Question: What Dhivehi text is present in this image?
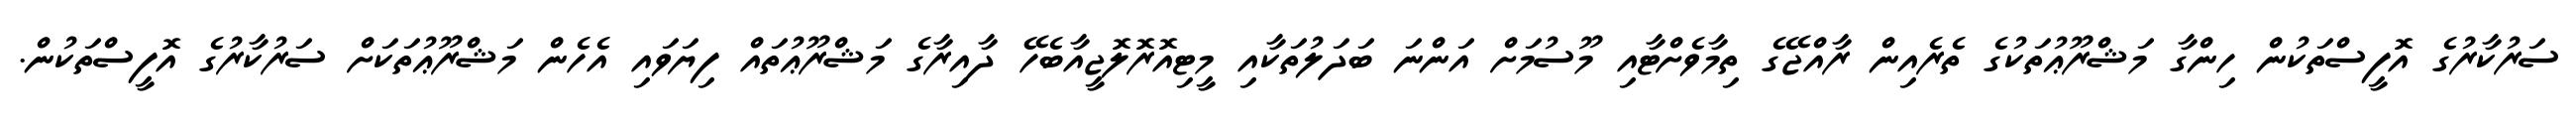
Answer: ސަރުކާރުގެ އޮފީސްތަކުން ހިންގާ މަޝްރޫޢުތަކުގެ ތެރެއިން ރާއްޖޭގެ ތިމާވެށްޓާއި މޫސުމަށް އަންނަ ބަދަލުތަކާއި މީޓިއޮރޮލޮޖީއާބެހޭ ދާއިރާގެ މަޝްރޫޢުތައް ފިޔަވައި އެހެން މަޝްރޫޢުތަކަށް ސަރުކާރުގެ އޮފީސްތަކުން.